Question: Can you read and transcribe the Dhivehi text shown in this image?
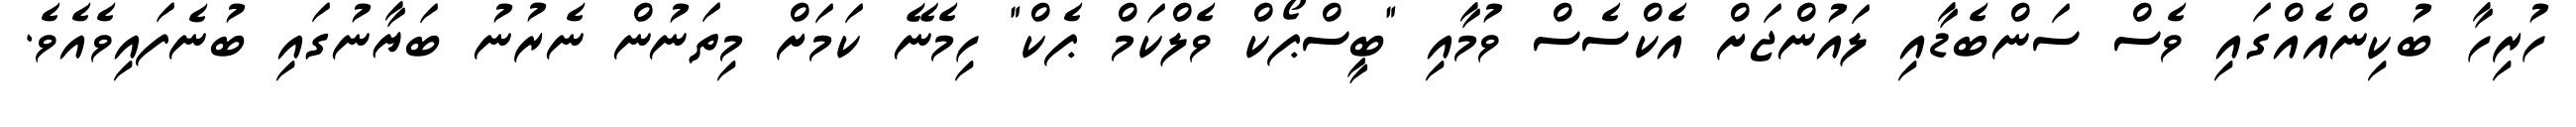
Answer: ހުރިހާ ބުކިންއެއްގައި ވެސް ސަންބެޑާއި ލައުންޖަށް އެކްސެސް ވުމާއި "ބީސްޕޯކް ވެލްކަމް ޕެކް" ހިމެނޭ ކަމަށް މިތަނުން ނެރުނު ބަޔާނުގައި ބުނެފައިވެއެވެ.